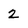
Character: 2